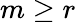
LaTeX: m\geq r